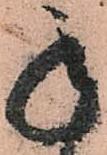
承